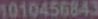
1010456843